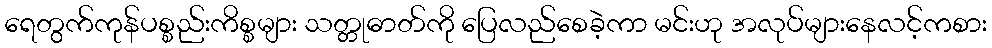
ရေတွက်ကုန်ပစ္စည်းကိစ္စများ သတ္တုဓာတ်ကို ပြေလည်စေခဲ့ကာ မင်းဟု အလုပ်များနေလင့်ကစား